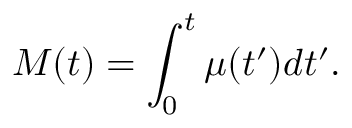
M ( t ) = \int _ { 0 } ^ { t } \mu ( t ^ { \prime } ) d t ^ { \prime } .